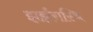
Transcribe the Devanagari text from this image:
झर्झरास्थि